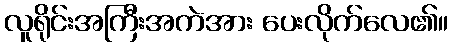
လူရိုင်းအကြီးအကဲအား ပေးလိုက်လေ၏။